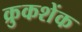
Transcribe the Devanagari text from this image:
क्रुकशेंक